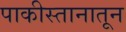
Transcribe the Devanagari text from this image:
पाकीस्तानातून